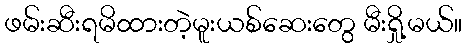
ဖမ်းဆီးရမိထားတဲ့မူးယစ်ဆေးတွေ မီးရှို့မယ်။